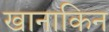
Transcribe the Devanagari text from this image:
खानाकिन